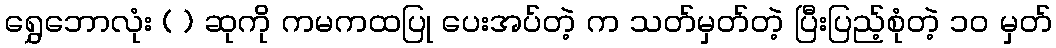
ရွှေဘောလုံး ( ) ဆုကို ကမကထပြု ပေးအပ်တဲ့ က သတ်မှတ်တဲ့ ပြီးပြည့်စုံတဲ့ ၁၀ မှတ်